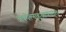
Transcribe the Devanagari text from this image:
अकोल्नाहुआकाट्ल